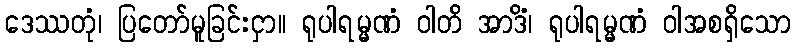
ဒေဿတုံ၊ ပြတော်မူခြင်းငှာ။ ရုပါရမ္မဏံ ဝါတိ အာဒိံ၊ ရုပါရမ္မဏံ ဝါအစရှိသော